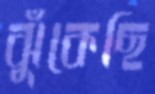
ঝুঁকেছি